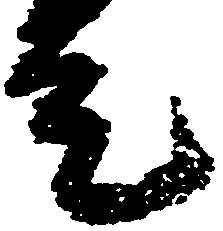
走